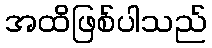
အထိဖြစ်ပါသည်